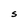
Character: S